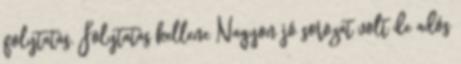
folytatás. Folytatás kellene Nagyon jó sorozat volt de adós